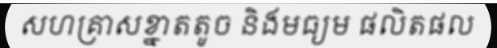
សហគ្រាសខ្នាតតូច និងមធ្យម ផលិតផល